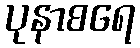
ပုနာစရေ